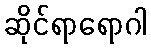
ဆိုင်ရာရောဂါ